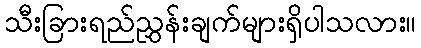
သီးခြားရည်ညွှန်းချက်များရှိပါသလား။